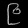
Digit: ၉